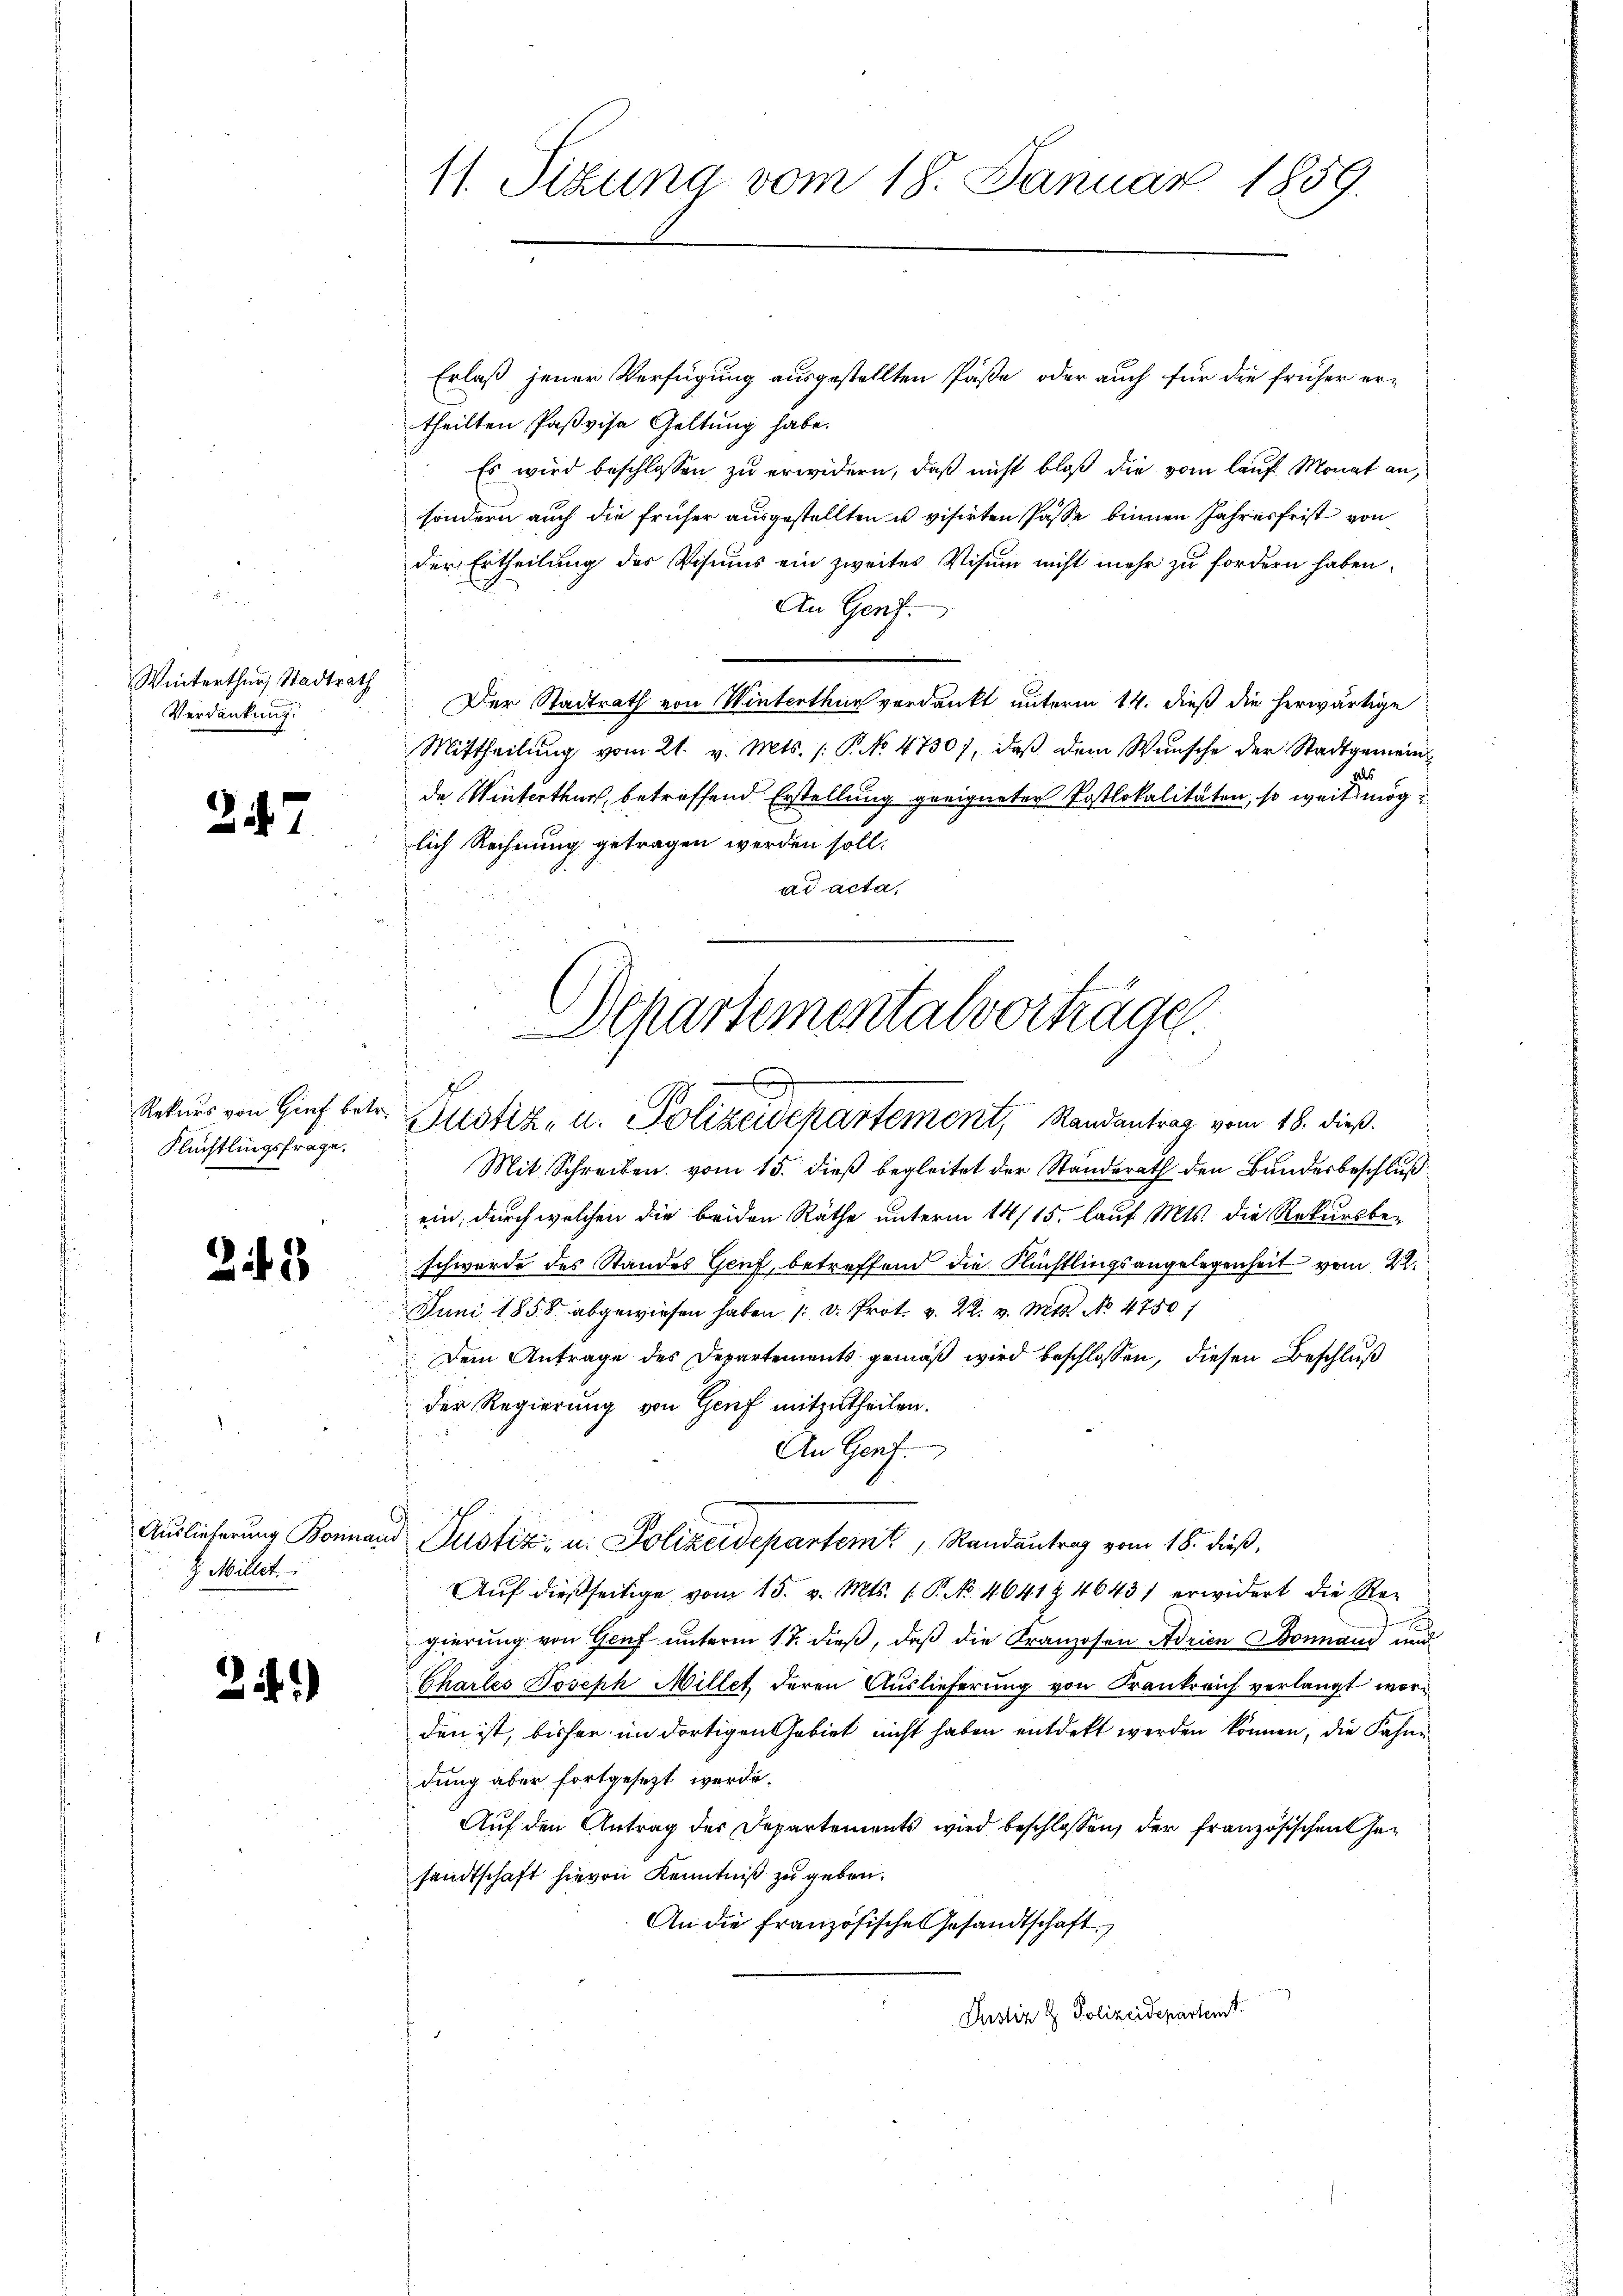
Winterthur, Stadtrath
Verdankung.

2.

Rekurs von Genf betr.
Flüchtlingsfrage.

.

3

Auslieferung Bonna
z. Millet.

2i)

11. Sitzung vom 18. Januar 1859.

Departementalvorträge
A
Justiz- u. Polizeidepartement, Randantrag vom 18. dieß.

Erlaß jener Verfügung ausgestellten Päße oder auch für die früher er-
theilten Paßvisa Geltung habe.
Es wird beschlossen zu erwidern, daß nicht bloß die vom lauf Monat an,
sondern auch die früher ausgestellten u visirten Pässe binnen Jahresfrist von
der Ertheilung des Visums ein zweites Visum nicht mehr zu fordern haben.
An Genf.
Der Stadtrath von Winterthur verdankt unterm 14. dieß die herwärtige
Mittheilŭng vom 21. v. Mts. 1. P. NNo. 47307, daβ dem Wünsche der Stadtgemeindals
de Winterthur, betreffend Erstellung geeigneter Postlokalitäten, so weit mög
lich Rechnung getragen werden soll.
ad acta,

Mit Schreiben vom 15. dieß begleitet der Standerath den Bundesbeschluß
ein, durch welchen die beiden Räthe unterm 14/15. lauf Mts. die Rekursbe-
schwerde des Standes Genf, betreffend die Flüchtlingsangelegenheit vom 22.
Juni 1858 abgewiesen haben (: Dr. Prot. v. 22. v. Mts. No 4750)
Dem Antrage des Departements gemäß wird beschlossen, diesen Beschluß
der Regierung von Genf mitzutheilen.
An Genf.
Justiz- u. Polizeidepartemt, Randantrag vom 18. dieß,
Auf dießseitige vom 15. v. Mts. 1. P. Nr. 4041 § 4643 erwidert die Regierung von Genf unterm 17. dieß, daß die Kranzosen Adrien Bonnand und
Charles Joseph Millet deren Auslieferung von Frankreich verlangt worden ist, bisher im dortigen Gebiet nicht haben entdekt werden können, die Fahne
dung aber fortgesezt werde.
Auf den Antrag der Departements wird beschlossen, der französischen Gesandtschaft hievon Kenntniß zu geben.
An die französische Gesandtschaft
Justiz & Polizeidepartenst